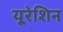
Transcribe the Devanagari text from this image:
यूरेशिन